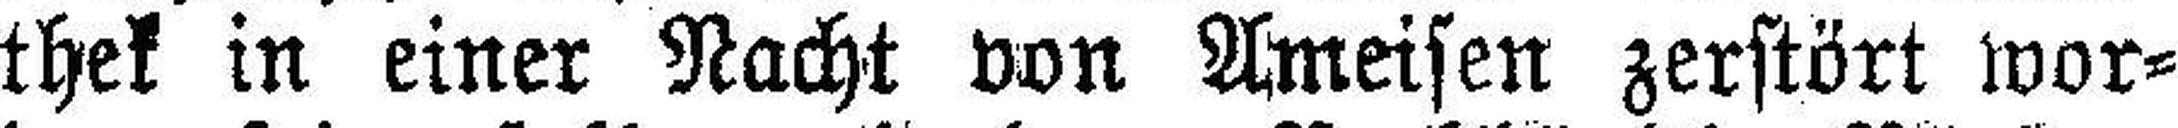
thek in einer Nacht von Anreisen zerstört wor¬